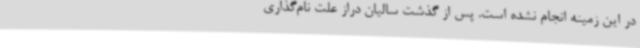
در این زمینه انجام نشده است. پس از گذشت سالیان دراز علت نام‌گذاری